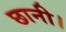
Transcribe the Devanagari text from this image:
छानी।